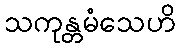
သကုန္တမံသေဟိ